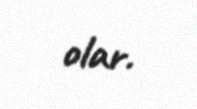
olar.